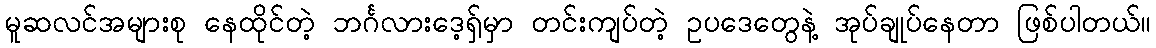
မူဆလင်အများစု နေထိုင်တဲ့ ဘင်္ဂလားဒေ့ရှ်မှာ တင်းကျပ်တဲ့ ဥပဒေတွေနဲ့ အုပ်ချုပ်နေတာ ဖြစ်ပါတယ်။